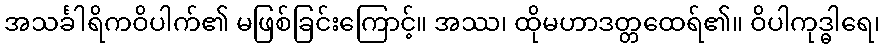
အသင်္ခါရိကဝိပါက်၏ မဖြစ်ခြင်းကြောင့်။ အဿ၊ ထိုမဟာဒတ္တထေရ်၏။ ဝိပါကုဒ္ဓါရေ၊